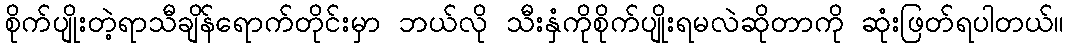
စိုက်ပျိုးတဲ့ရာသီချိန်ရောက်တိုင်းမှာ ဘယ်လို သီးနှံကိုစိုက်ပျိုးရမလဲဆိုတာကို ဆုံးဖြတ်ရပါတယ်။